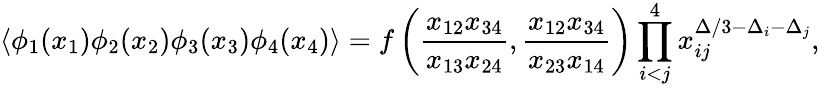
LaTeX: \langle\phi_{1}(x_{1})\phi_{2}(x_{2})\phi_{3}(x_{3})\phi_{4}(x_{4})\rangle=f\left(\frac{x_{12}x_{34}}{x_{13}x_{24}},\frac{x_{12}x_{34}}{x_{23}x_{14}}\right)\prod_{i<j}^{4}x_{ij}^{\Delta/3-\Delta_{i}-\Delta_{j}},